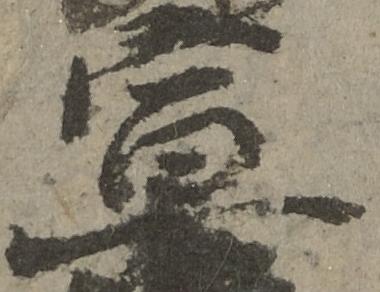
宣